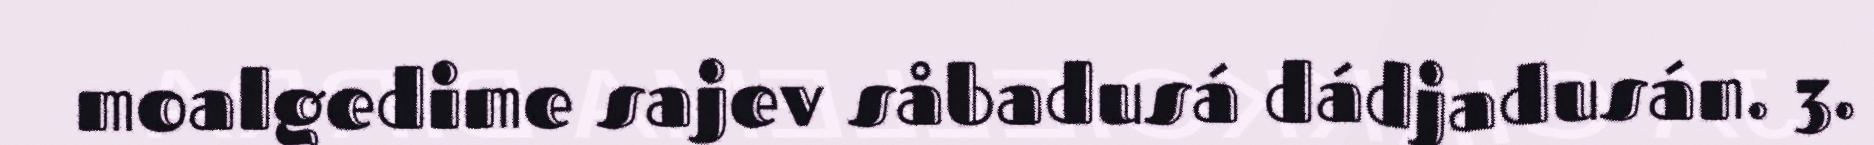
moalgedime sajev såbadusá dádjadusán. 3.